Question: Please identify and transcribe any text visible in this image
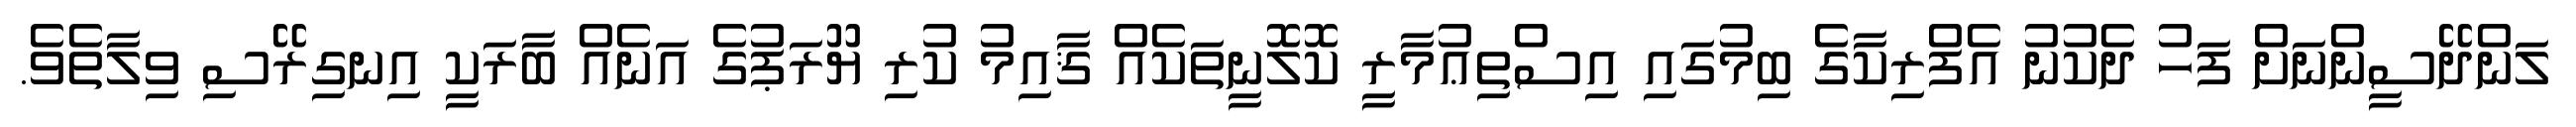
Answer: ލަންދޭސީންނަށް ފަހު ދެކުނު އެފްރިކާގެ ބިމުގައި އިސްތިޢުމާރީ ކޮލޮނީތަކެއް ޤާއިމު ކުރި ޔޫރަޕުގެ އަނެއް ބާރަކީ އިނގިރޭސި ވިލާތެވެ.